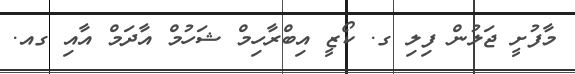
މާފުށީ ޖަލުން ފިލި ގ. ކޯޒީ އިބްރާހިމް ޝަހުމް އާދަމް އާއި ގއ.